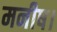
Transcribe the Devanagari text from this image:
मनीष।